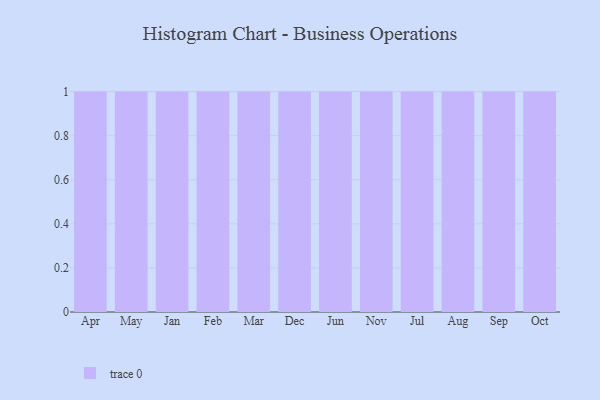
{"axis": {"x": "Month", "y": "Tickets Resolved"}, "legend": [""], "data": [{"x": "Apr", "y": 20, "type": ""}, {"x": "May", "y": 87, "type": ""}, {"x": "Jan", "y": 9, "type": ""}, {"x": "Feb", "y": 42, "type": ""}, {"x": "Mar", "y": 54, "type": ""}, {"x": "Dec", "y": 26, "type": ""}, {"x": "Jun", "y": 23, "type": ""}, {"x": "Nov", "y": 41, "type": ""}, {"x": "Jul", "y": 76, "type": ""}, {"x": "Aug", "y": 83, "type": ""}, {"x": "Sep", "y": 25, "type": ""}, {"x": "Oct", "y": 68, "type": ""}]}